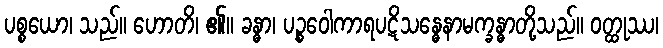
ပစ္စယော၊ သည်။ ဟောတိ၊ ၏။ ခန္ဓာ၊ ပဉ္စဝေါကာရပဋိသန္ဓေနာမက္ခန္ဓာတို့သည်။ ဝတ္ထုဿ၊